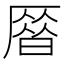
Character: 𠪞